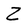
Character: Z